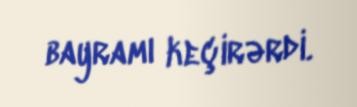
bayramı keçirərdi.